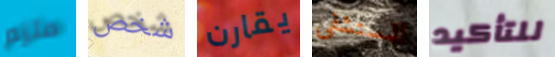
ملزم شخص يقارن للمستشفى للتأكيد